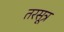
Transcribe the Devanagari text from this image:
तरसूत्र